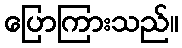
ပြောကြားသည်။